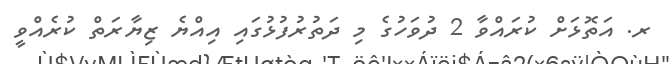
ރ. އަތޮޅަށް ކުރައްވާ 2 ދުވަހުގެ މި ދަތުރުފުޅުގައި އިއްޔެ ޒިޔާރަތް ކުރެއްވީ